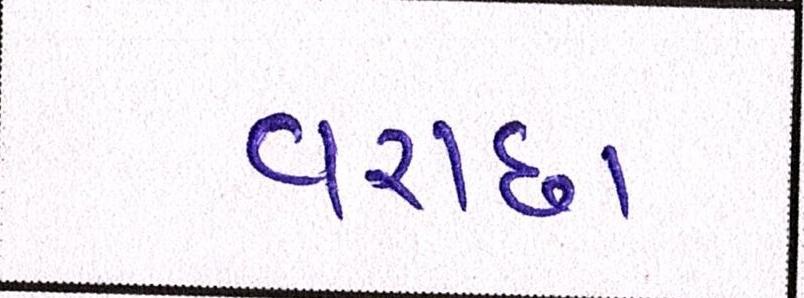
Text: વરાછા